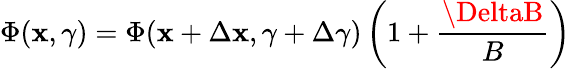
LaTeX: \Phi(\mathbf{x},\gamma)=\Phi(\mathbf{x}+\Delta\mathbf{x},\gamma+\Delta\gamma)\left(1+\frac{{\DeltaB}}{{B}}\right)